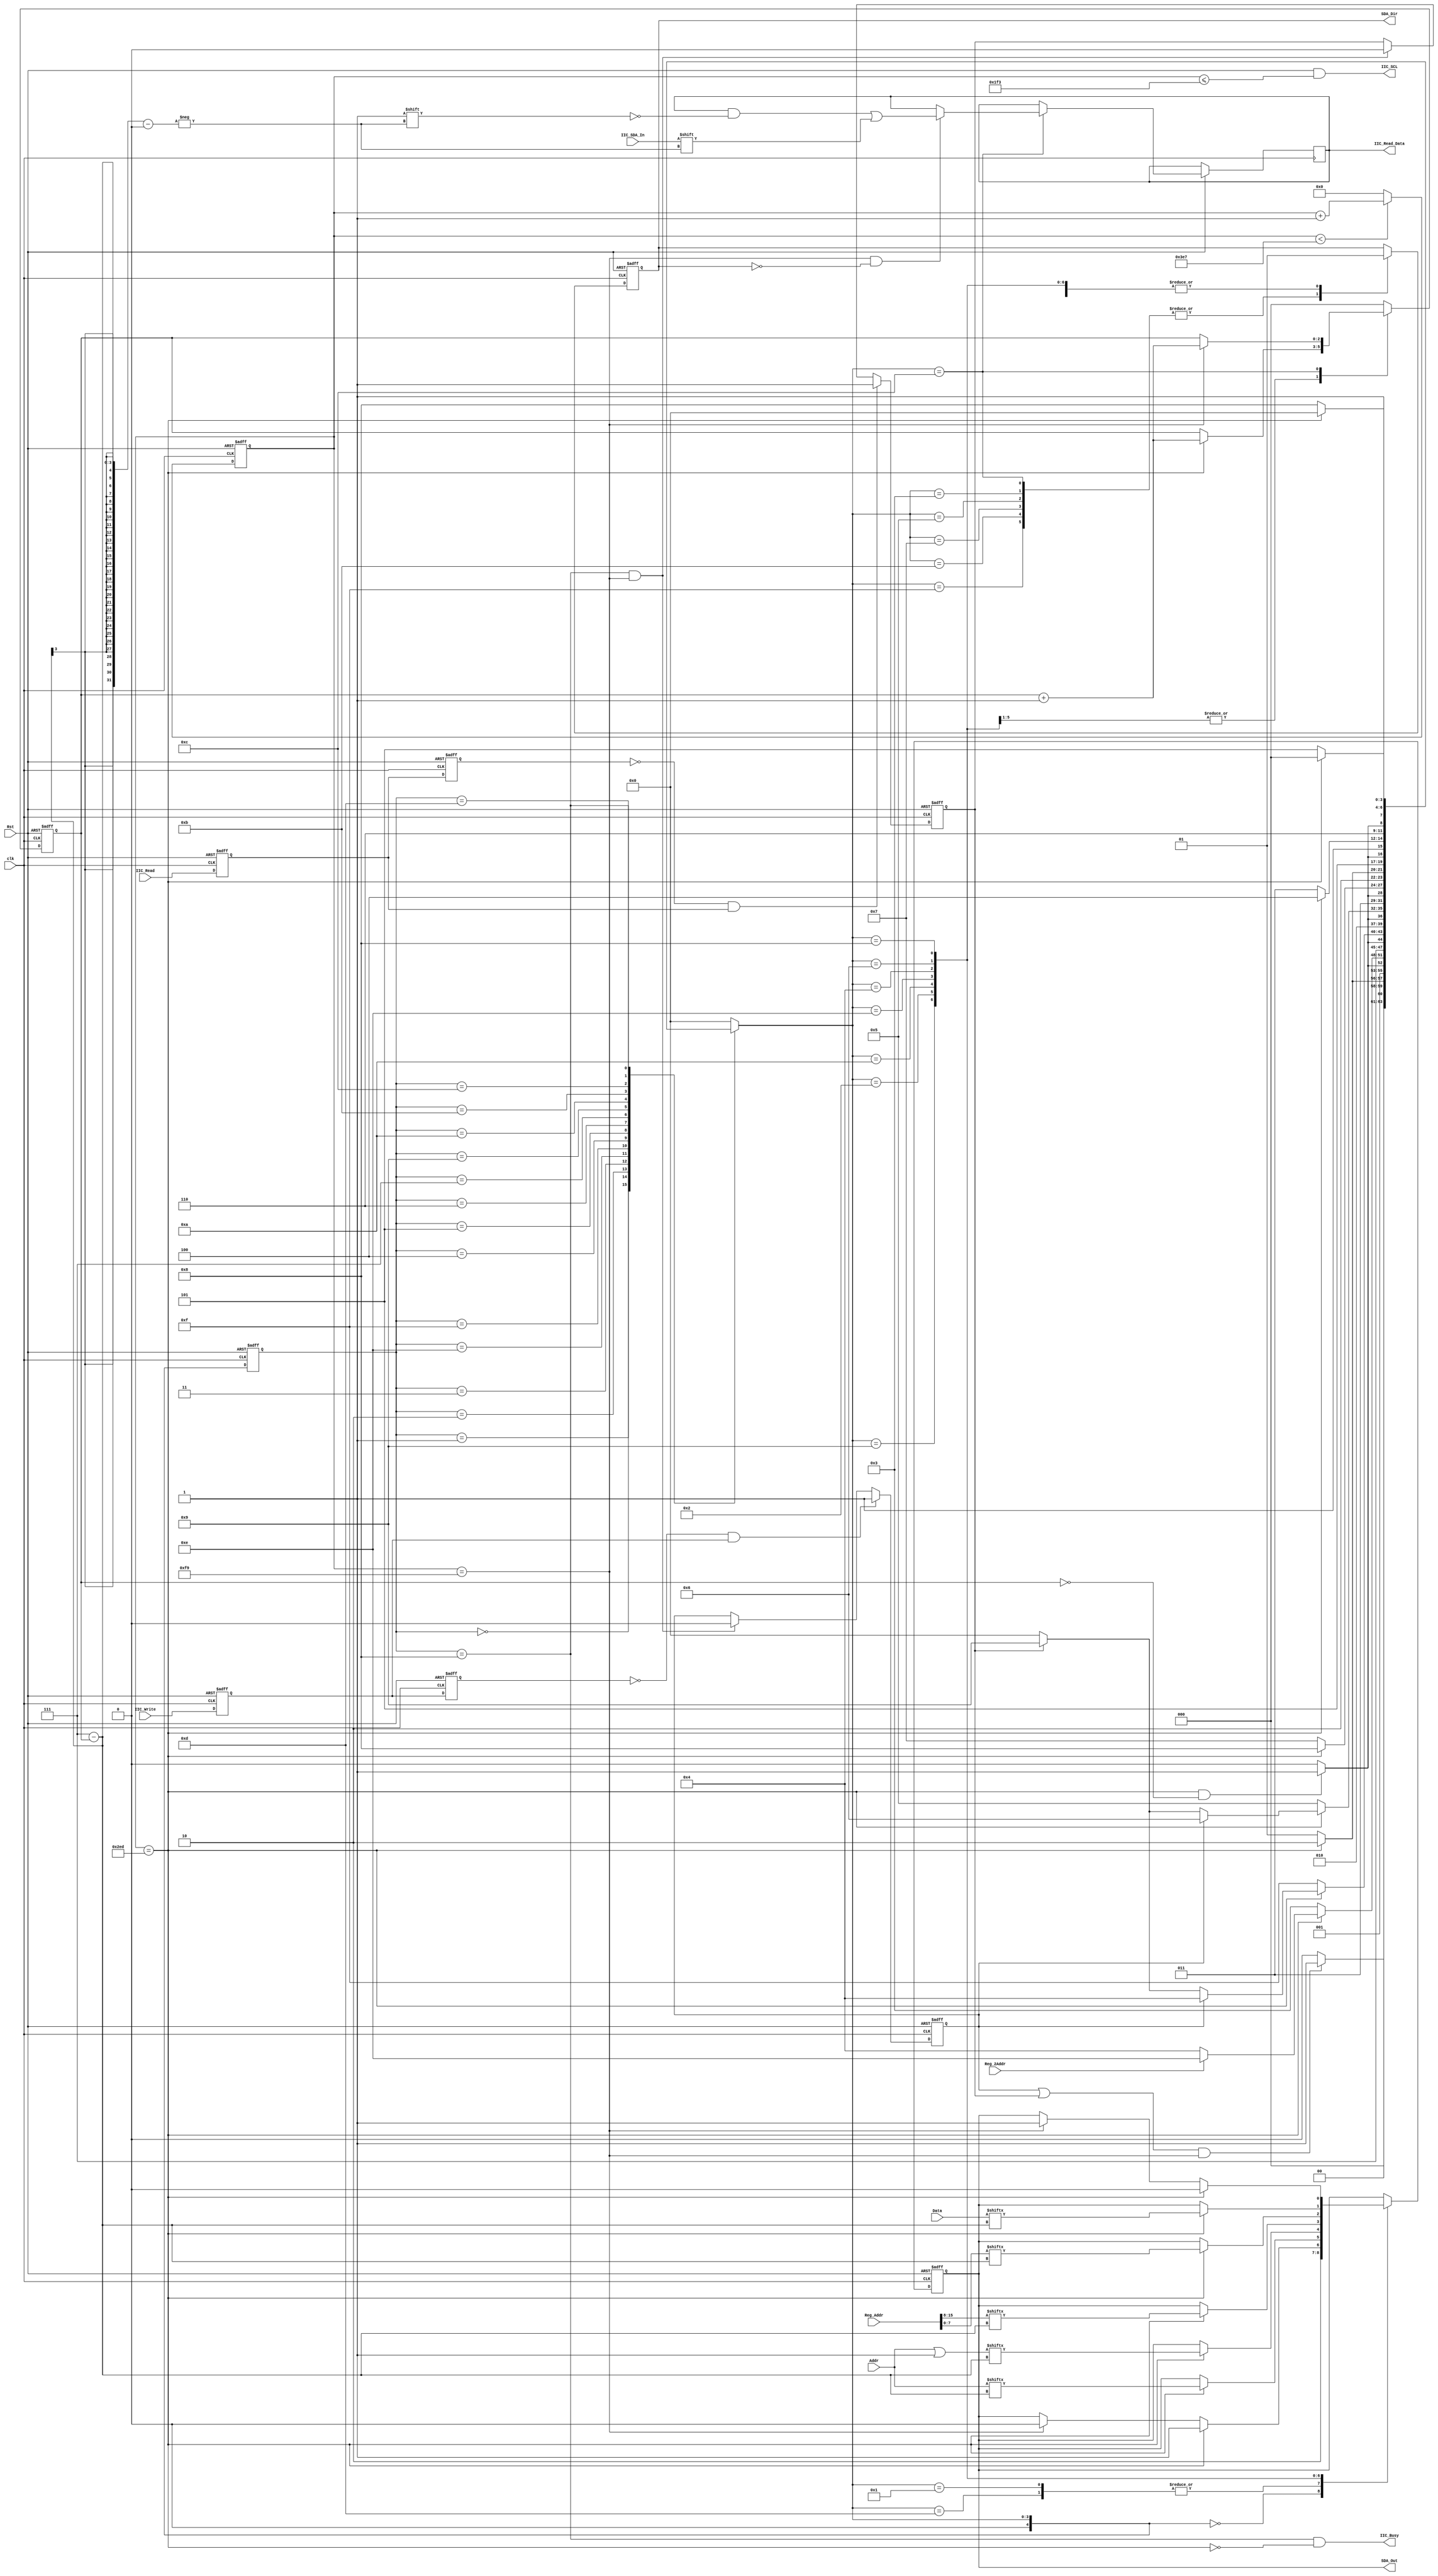
`timescale 1ns / 1ps
//////////////////////////////////////////////////////////////////////////////////
// Company: 
// Engineer: 
// 
// Design Name: 
// Module Name: Driver_IIC
// Project Name: 
// Target Devices: 
// Tool Versions: 
// Description: 
// 
// Dependencies: 
// 
// Revision:
// Revision 0.01 - File Created
// Additional Comments:
// 
//////////////////////////////////////////////////////////////////////////////////

module Driver_IIC(
    input clk, 
    input Rst,
    input   [7:0]Addr,
    input   [15:0]Reg_Addr,
    input   [7:0]Data,
    input   IIC_Write,
    input   IIC_Read,
    output  reg[7:0]IIC_Read_Data=0,
    output  IIC_Busy,
    input Reg_2Addr,        //Whether it is a dual register address, 0 is a single address, 1 is a double address
    output  IIC_SCL,
    input   IIC_SDA_In,
    output reg SDA_Dir=0,   //Control data direction, high level for data output
    output reg SDA_Out=0    //Output Data
    );
    
    //SCL frequency division coefficient
    //Generate IIC clock  100M/100K = 1000
    parameter  SCL_SUM = 13'd1000;
    
    reg  [13:0]     scl_cnt=0;
    always @ (posedge clk or negedge Rst)
    begin
        if(Rst == 1'b0)
            scl_cnt <= 13'd0;
        else if(scl_cnt < (SCL_SUM - 1))
            scl_cnt <= scl_cnt + 1;
        else
            scl_cnt <= 13'd0;
    end 
    
    
    //Different clock stages
    assign  IIC_SCL = Rst&(scl_cnt <= (SCL_SUM >> 1)-1);                   //Initially high
    wire    scl_hs = (scl_cnt == 13'd0);                                  //scl high start
    wire    scl_hc = (scl_cnt == ((SCL_SUM >> 1)-(SCL_SUM >> 2))-1);      //scl high center
    wire    scl_ls = (scl_cnt == (SCL_SUM >> 1)-1);                       //scl low start
    wire    scl_lc = (scl_cnt == ((SCL_SUM >> 1)+(SCL_SUM >> 2))-1);      //scl low center
    
    
    
    //IIC state machine control signal               
    reg     iicwr_req=0;                                            //IIC write request signal, active high
    reg     iicrd_req=0;                                            //IIC read request signal, active high
    reg     [2:0]   bcnt=0;
    wire    [7:0]   slave_addr_w = Addr;                            //Slave address, write data
    wire    [7:0]   slave_addr_r = Addr|8'h01;                      //Slave address, read data
    wire    [7:0]   reg_addr = Reg_Addr[7:0];                       //Register address, lower 8 bits
    wire    [7:0]   reg_H_addr=Reg_Addr[15:8];                      //Register address, high 8 bits
    wire    [7:0]   iic_wrdb = Data;                                //Data to be sent
    wire            iic_wr_en = IIC_Write;                          //Write enable
    wire            iic_rd_en = IIC_Read;                           //Read enable
    
    //****************************************************************************
    //Read and write enable rising edge signal
    reg     iic_wr_en_r0,iic_wr_en_r1;
    reg     iic_rd_en_r0,iic_rd_en_r1;
    reg [7:0]read_data=0;
    always @  (posedge clk or negedge Rst)
    begin
        if(Rst == 1'b0)
        begin
            iic_wr_en_r0 <= 1'b0;
            iic_wr_en_r1 <= 1'b0;
        end 
        else
        begin
            iic_wr_en_r0 <= iic_wr_en;
            iic_wr_en_r1 <= iic_wr_en_r0;
        end 
    end 
    wire    iic_wr_en_pos = (~iic_wr_en_r1 && iic_wr_en_r0);    //Write enable rising edge
    
    always @  (posedge clk or negedge Rst)
    begin
        if(Rst == 1'b0)
        begin
            iic_rd_en_r0 <= 1'b0;
            iic_rd_en_r1 <= 1'b0;
        end 
        else
        begin
            iic_rd_en_r0 <= iic_rd_en;
            iic_rd_en_r1 <= iic_rd_en_r0;
        end 
    end 
    wire    iic_rd_en_pos = (~iic_rd_en_r1 && iic_rd_en_r0);    //Read enable rising edge
    //****************************************************************************
    //IIC status
    parameter       IDLE      = 5'd0, 
                    START0      = 5'd1,
                    WRSADDR0    = 5'd2,
                    ACK0        = 5'd3,
                    WRRADDR     = 5'd4,
                    ACK1        = 5'd5,
                    WRDATA      = 5'd6,
                    ACK2        = 5'd7,
                    STOP        = 5'd8,
                    START1      = 5'd9,
                    WRSADDR1    = 5'd10,
                    ACK3        = 5'd11,
                    RDDATA      = 5'd12,
                    NOACK       = 5'd13,
                    WRRADDR_H   = 5'd14,
                    ACK4        = 5'd15;
    
    //State jump
    reg [4:0]   c_state;
    reg [4:0]   n_state;
    
    always @ (posedge clk or negedge Rst)
    begin
        if(Rst == 1'b0)
            c_state <= IDLE;
        else
            c_state <= n_state;
    end 
    
    //Combinational logic trigger
    always @ (*)
    begin
        case(c_state)
            IDLE:       //initialization
            begin
                if(((iicwr_req == 1'b1)||(iicrd_req == 1'b1))&&(scl_hc == 1'b1))
                    n_state = START0;
                else
                    n_state = IDLE;
            end 
    
            START0:     //Start
            begin
                if(scl_lc == 1'b1)
                    n_state = WRSADDR0;
                else
                    n_state = START0;
            end 
    
            WRSADDR0:   //Write slave address
            begin
                if((scl_lc == 1'b1)&&(bcnt == 3'd0))
                    n_state = ACK0;
                else
                    n_state = WRSADDR0;
            end 
    
            ACK0:       //Receiving a response
            begin
                if(scl_lc == 1'b1)
                    begin
                        if(Reg_2Addr)
                            n_state=WRRADDR_H;
                        else
                            n_state = WRRADDR;
                    end
                else
                    n_state = ACK0;
            end 
            WRRADDR_H:    //Write register address
                begin
                    if((scl_lc == 1'b1)&&(bcnt == 3'd0))
                        n_state = ACK4;
                    else
                        n_state = WRRADDR_H;
                end 
        
            ACK4:       //Receiving a response
                begin
                    if(scl_lc == 1'b1)
                    begin
                        if(iicwr_req == 1'b1)
                            n_state = WRRADDR;
                        else if(iicrd_req == 1'b1)
                            n_state = START1;
                        else
                            n_state = IDLE;
                    end 
                    else
                        n_state = ACK4;
                end
            WRRADDR:    //Write register address
            begin
                if((scl_lc == 1'b1)&&(bcnt == 3'd0))
                    n_state = ACK1;
                else
                    n_state = WRRADDR;
            end 
    
            ACK1:       //Receiving a response
            begin
                if(scl_lc == 1'b1)
                begin
                    if(iicwr_req == 1'b1)
                        n_state = WRDATA;
                    else if(iicrd_req == 1'b1)
                        n_state = START1;
                    else
                        n_state = IDLE;
                end 
                else
                    n_state = ACK1;
            end 
    
            //**************
            //Write data
            WRDATA:
            begin
                if((scl_lc == 1'b1)&&(bcnt == 3'd0))
                    n_state = ACK2;
                else
                    n_state = WRDATA;
            end 
    
            ACK2:   //Receiving a response
            begin
                if(scl_lc == 1'b1)
                    n_state = STOP;
                else
                    n_state = ACK2;
            end 
    
            //**************
            //Reading data process
            START1:
            begin
                if(scl_lc == 1'b1)
                    n_state = WRSADDR1;
                else
                    n_state = START1;
            end 
    
            WRSADDR1:
            begin
                if((scl_lc == 1'b1)&&(bcnt == 3'd0))
                    n_state = ACK3;
                else
                    n_state = WRSADDR1;
            end 
    
            ACK3:   //Receiving a response    
            begin
                if(scl_lc == 1'b1)
                    n_state = RDDATA;
                else
                    n_state = ACK3;
            end 
    
            RDDATA:
            begin
                if((scl_lc == 1'b1)&&(bcnt == 3'd0))
                    n_state = NOACK;
                else
                    n_state = RDDATA;
            end
    
            NOACK:  
            begin
                if(scl_lc == 1'b1)
                    n_state = STOP;
                else
                    n_state = NOACK;
            end 
            //**************
    
            STOP:
            begin   
                if(scl_lc == 1'b1)
                    n_state = IDLE;
                else
                    n_state = STOP;
            end 
    
            default:  n_state = IDLE;  
        endcase 
    end 
    
    
    //Counter control
    always @ (posedge clk or negedge Rst)
    begin
        if(Rst == 1'b0)
            bcnt <= 3'd0;
        else
        begin
            case (n_state)
                WRSADDR0,WRRADDR,WRRADDR_H,WRDATA,WRSADDR1:
                begin
                    if(scl_lc == 1'b1)
                        bcnt <= bcnt + 1;    
                end 
                RDDATA:
                begin
                    if(scl_hc)
                        bcnt <= bcnt + 1;
                end
                default: bcnt <= 3'd0;
            endcase 
        end 
    end 
    
    //Control data output
    always @ (posedge clk or negedge Rst)
    begin
        if(Rst == 1'b0)
        begin
            SDA_Dir <= 1'b1;
            SDA_Out <= 1'b1;
        end 
        else
        begin
            case (n_state)
                IDLE:
                begin
                    SDA_Dir <= 1'b1;
                    SDA_Out <= 1'b1;
                end 
                NOACK:
                begin
                    SDA_Dir <= 1'b1;
                    SDA_Out <= 1'b0;
                end
                START0:
                begin
                    SDA_Dir <= 1'b1;
                    SDA_Out <= 1'b0;          //After entering the start state, the data is pulled low
                end 
    
                START1:
                begin
                    SDA_Dir <= 1'b1;
                    if(scl_lc == 1'b1)
                        SDA_Out <= 1'b1;
                    else if(scl_hc == 1'b1)
                        SDA_Out <= 1'b0;
                end 
    
    
                WRSADDR0:
                begin
                    SDA_Dir <= 1'b1;
                    if(scl_lc == 1'b1)
                        SDA_Out <= slave_addr_w[7-bcnt];
                end 
    
                WRSADDR1:
                begin
                    SDA_Dir <= 1'b1;
                    if(scl_lc == 1'b1)
                        SDA_Out <= slave_addr_r[7-bcnt];
                end 
    
    
                ACK0,ACK1,ACK2,ACK3,ACK4:  SDA_Dir <= 1'b0;      //Receiving bus data
    
                WRRADDR_H:
                begin
                    SDA_Dir <= 1'b1;
                    if(scl_lc == 1'b1)
                        SDA_Out <= reg_H_addr[7-bcnt];
                end
                WRRADDR:
                begin
                    SDA_Dir <= 1'b1;
                    if(scl_lc == 1'b1)
                        SDA_Out <= reg_addr[7-bcnt];
                end 
    
                WRDATA:
                begin
                    SDA_Dir <= 1'b1;
                    if(scl_lc == 1'b1)
                        SDA_Out <= iic_wrdb[7-bcnt];
                end 
    
                RDDATA:
                begin
                    SDA_Dir <= 1'b0;
                    if(scl_hc&&!SDA_Dir)
                        IIC_Read_Data[7-bcnt] <= IIC_SDA_In;
                end 
    
                STOP:
                begin
                    SDA_Dir <= 1'b1;
                    if(scl_lc == 1'b1)
                        SDA_Out <= 1'b0;
                    else if(scl_hc == 1'b1)
                        SDA_Out <= 1'b1;
                end 
    
            endcase 
        end 
    end 
    wire iic_ack = (c_state == STOP) && scl_hc; //IIC operation response, active high
    //Determine the read and write process flags
    always @ (posedge clk or negedge Rst)
    begin
        if(Rst == 1'b0)
            iicwr_req <= 1'b0;
        else
        begin
            if(iic_wr_en_pos == 1'b1)
                iicwr_req <= 1'b1;
            else if(iic_ack == 1'b1)            //End of IIC process
                iicwr_req <= 1'b0;    
        end 
    end 
    
    always @ (posedge clk or negedge Rst)
    begin
        if(Rst == 1'b0)
            iicrd_req <= 1'b0;
        else
        begin
            if(iic_rd_en_pos == 1'b1)
                iicrd_req <= 1'b1;
            else if(iic_ack == 1'b1)            //End of IIC process
                iicrd_req <= 1'b0;    
        end 
    end 
    
    //Always busy when requested, busy ending after completing the process
    assign  IIC_Busy = (c_state==STOP)&&!scl_lc;

endmodule